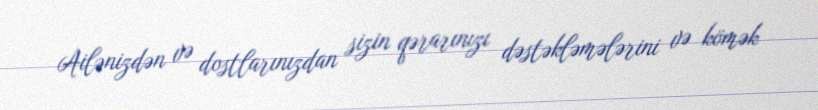
Ailənizdən və dostlarınızdan sizin qərarınızı dəstəkləmələrini və kömək